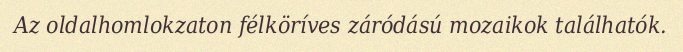
Az oldalhomlokzaton félköríves záródású mozaikok találhatók.